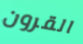
القرون